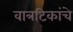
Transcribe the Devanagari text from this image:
वात्रटिकांचे